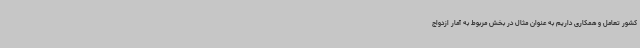
کشور تعامل و همکاری داریم به عنوان مثال در بخش مربوط به آمار ازدواج